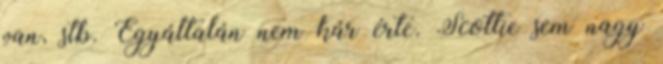
van, stb. Egyáltalán nem kár érte. Scottie sem nagy